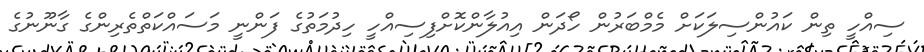
ސިއްހީ ތިން ކައުންސިލަކަށް މެމްބަރުން ހޯދަން އިއުލާންކޮށްފިސިއްހީ ހިދުމަތުގެ ފަންނީ މަސައްކަތްތެރިންގެ ގާނޫނުގެ